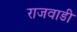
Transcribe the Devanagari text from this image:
राजवाडी